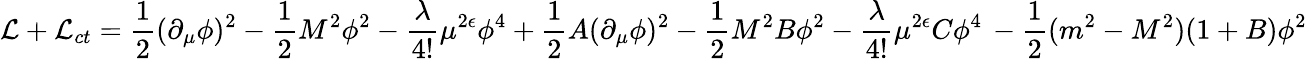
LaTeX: {\cal L}+{\cal L}_{ct}={\frac{1}{2}}(\partial_{\mu}\phi)^{2}-{\frac{1}{2}}M^{2}\phi^{2}-{\frac{\lambda}{4!}}\mu^{2\epsilon}\phi^{4}+{\frac{1}{2}}A(\partial_{\mu}\phi)^{2}-{\frac{1}{2}}M^{2}B\phi^{2}-{\frac{\lambda}{4!}}\mu^{2\epsilon}C\phi^{4}\, -{\frac{1}{2}}(m^{2}-M^{2})(1+B)\phi^{2}